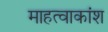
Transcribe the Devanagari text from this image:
माहत्वाकांश